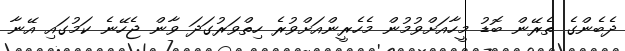
ދެބެންގެ ތެރޭން ބޮޑު މީހާއަށްވުމުން މެހެރީންއަށްވުރެ ހިތްވަރުގަދަ ވާން ޖެހޭނެ ކަމުގައި އޭނާ